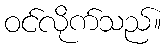
ဝင်လိုက်သည်။